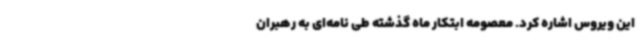
این ویروس اشاره کرد. معصومه ابتکار ماه گذشته طی نامه‌ای به رهبران